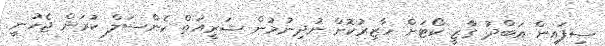
ސިފައިން އަބްދު ގާޒީ ކޯޓަށް ހާޒިރުކޮށް ނުދިނުމުން ޝަރީއަތް ކެންސަލް ކުރަން ޖެހުނީ